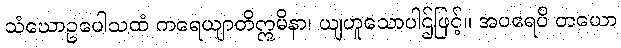
သံဃောဥပေါသထံ ကရေယျာတိဣမိနာ၊ ယျဟူသောပါဌ်ဖြင့်။ အပရေပိ တယော